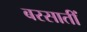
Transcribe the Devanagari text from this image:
बरसातीं